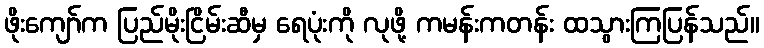
ဖိုးကျော်က ပြည်မိုးငြိမ်းဆီမှ ရေပုံးကို လုဖို့ ကမန်းကတန်း ထသွားကြပြန်သည်။